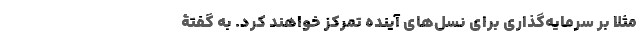
مثلاً بر سرمایه‌گذاری برای نسل‌های آینده تمرکز خواهند کرد. به گفتۀ